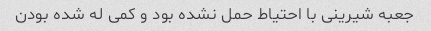
جعبه شیرینی با احتیاط حمل نشده بود و کمی له شده بودن